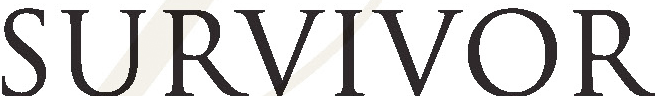
SURVIVOR